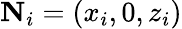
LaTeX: {\mathbf N}_{i}=(x_{i},0,z_{i})